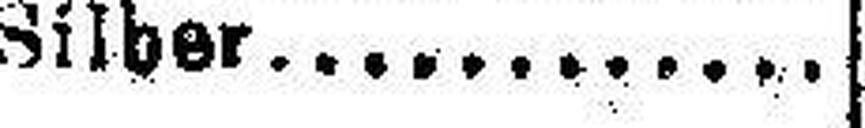
Silber